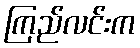
ကြည်လင်းက